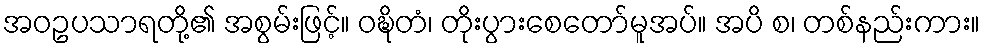
အဝဥပသာရတို့၏ အစွမ်းဖြင့်။ ဝဍ္ဎိတံ၊ တိုးပွားစေတော်မူအပ်။ အပိ စ၊ တစ်နည်းကား။